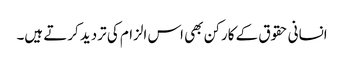
انسانی حقوق کے کارکن بھی اس الزام کی تردید کرتے ہیں۔